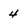
Character: 4